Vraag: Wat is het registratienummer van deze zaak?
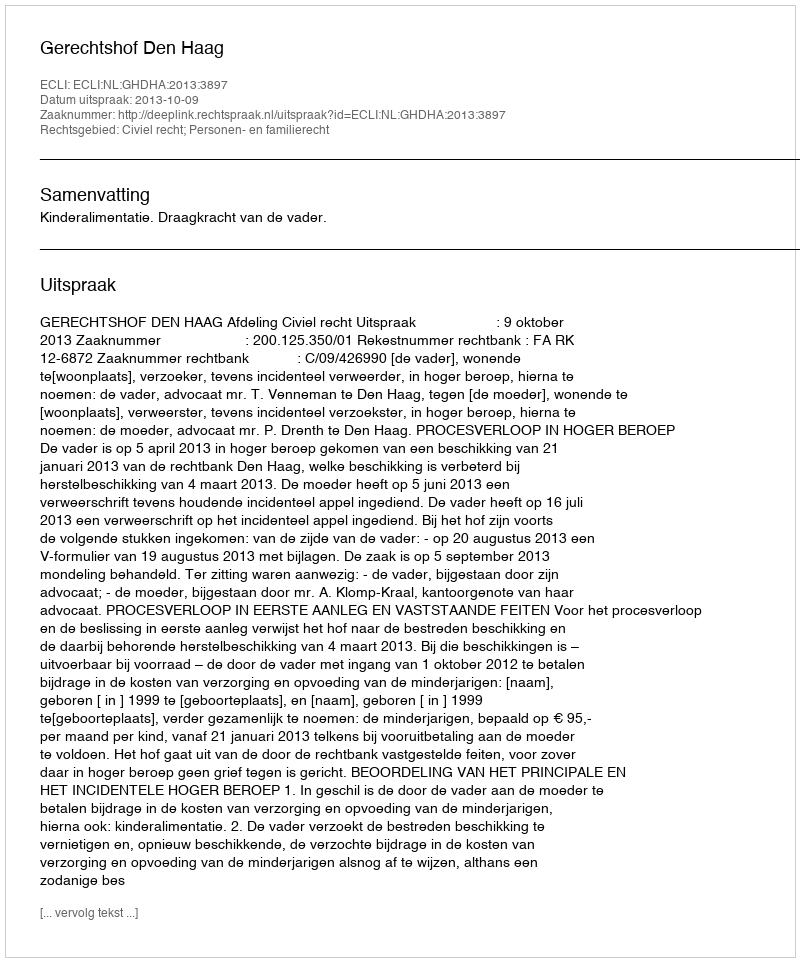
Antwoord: http://deeplink.rechtspraak.nl/uitspraak?id=ECLI:NL:GHDHA:2013:3897